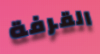
القرفة